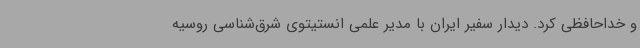
و خداحافظی کرد. دیدار سفیر ایران با مدیر علمی انستیتوی شرق‌شناسی روسیه